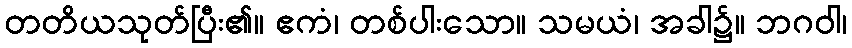
တတိယသုတ်ပြီး၏။ ဧကံ၊ တစ်ပါးသော။ သမယံ၊ အခါ၌။ ဘဂဝါ၊